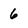
Character: 6